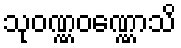
သုဝဏ္ဏဝဏ္ဏောသိ